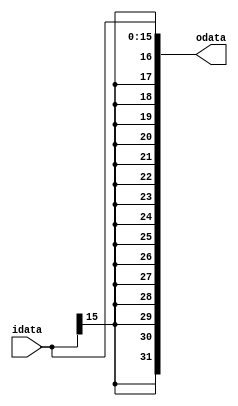
module sign_extend (
	input  [15:0] idata,
	output [31:0] odata
);

	reg [31:0] odata;

	always @(idata) begin : proc_sign_extend
		odata = {{16{idata[15]}}, idata};
	end

endmodule